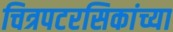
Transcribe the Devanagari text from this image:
चित्रपटरसिकांच्या